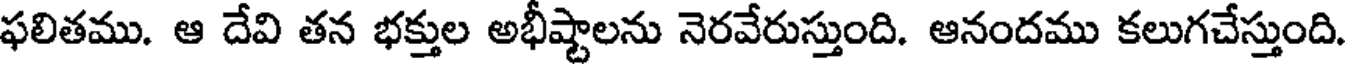
ఫలితము. ఆ దేవి తన భక్తుల అభీష్టాలను నెరవేరుస్తుంది. ఆనందము కలుగచేస్తుంది